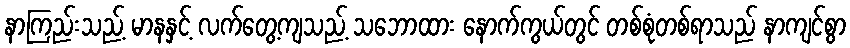
နာကြည်းသည့် မာနနှင့် လက်တွေ့ကျသည့် သဘောထား နောက်ကွယ်တွင် တစ်စုံတစ်ရာသည် နာကျင်စွာ